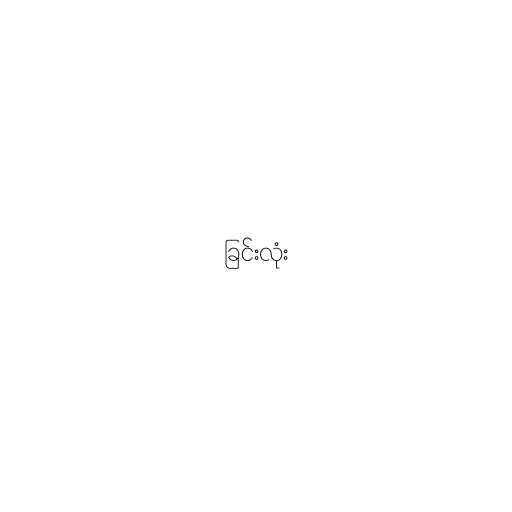
ခြင်းလုံး